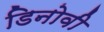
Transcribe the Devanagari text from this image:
डिनोवी